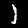
Label: 1